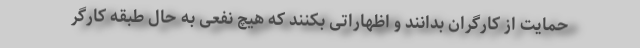
حمایت از کارگران بدانند و اظهاراتی بکنند که هیچ نفعی به حال طبقه کارگر